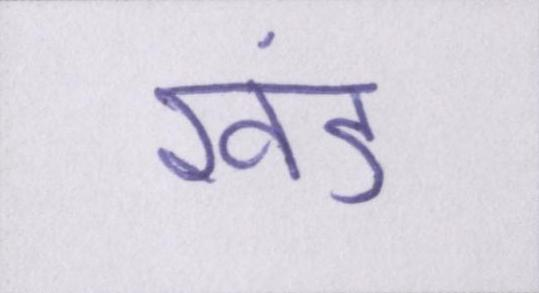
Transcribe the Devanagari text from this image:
खंड